Report on vaccination in the Province of Bengal - 1874-1889
Year: 1874
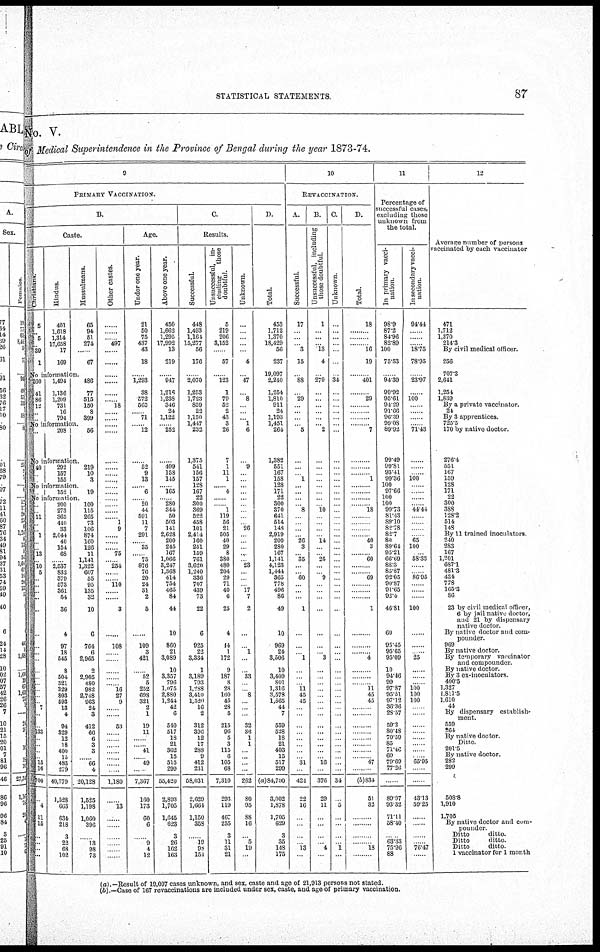
STATISTICAL STATEMENTS
87
No. V.
of Medical Superintendence in the Province of Bengal during the year 1873-74.
9
PRIMARY VACCINATION.
B.
Caste.
Christians.
5
...
5
...
39
1
Hindus.
401
1,618
1,314
17,658
17
169
Mussulmans.
65
94
51
274
...
67
No imformation.
260
41
86
12
...
...
1,494
1,136
1,209
731
16
794
486
77
515
150
8
399
No information.
......
208
56
No information.
40
...
...
292
157
155
219
10
3
No information.
...
152
19
No imformation.
...
...
11
...
...
1
...
...
13
...
10
5
...
...
...
...
...
...
...
...
...
...
....
...
...
...
...
7
...
...
133
...
...
...
...
15
16
700
...
4
11
15
...
... ...
...
200
273
365
410
33
2,044
40
154
68
...
2,537
832
379
573
361
54
36
4
97
18
545
8
504
321
329
803
593
13
4
94
329
12
18
400
15
483
279
40,779
1,528
663
634
218
3
22
68
102
100
115
265
73
106
874
160
126
11
1,141
1,322
607
55
95
135
32
10
6
764
6
2,965
2
2,905
480
982
2,748
963
24
3
412
66
6
3
3
...
66
4
20,128
1,525
1,198
1,060
396
...
13
98
73
Other castes.
......
......
......
497
......
......
......
......
......
......
18
......
......
......
......
......
......
......
......
......
......
......
......
......
......
1
9
......
......
......
75
......
254
......
......
110
......
......
3
......
108
......
......
......
......
......
16
27
9
......
......
53
......
......
......
......
......
......
......
1,180
......
13
......
......
......
......
......
......
Age.
Under one year.
21
50
75
437
43
18
...
1,293
38
572
565
...
71
...
12
...
52
9
13
...
6
...
20
44
591
11
7
291
......
35
......
75
876
76
20
24
31
2
5
......
109
3
421
......
52
5
252
698
321
2
1
19
11
......
......
41
......
49
......
7,367
160
173
60
6
...
9
4
12
Above one year.
450
1,662
1,295
17,992
13
219
...
947
1,216
1,238
346
24
1,122
...
252
...
499
158
145
...
165
...
280
344
50
503
141
2,628
200
245
167
1,066
3,247
1,368
414
754
465
84
44
10
860
21
3,089
10
3,357
796
1,075
2,880
1,244
42
6
540
517
18
21
362
15
515
299
55,420
2,893
1,705
1,645
623
3
26
162
163
C.
Results.
Successful.
448
1,493
1,164
15,277
56
176
...
2,070
1,253
1,723
859
22
1,150
1,447
232
1,375
541
156
157
128
167
22
300
369
522
458
101
2,414
160
251
159
761
3,620
1,240
336
707
439
73
22
6
925
22
3,334
1
3,189
793
1,288
3,410
1,520
16
2
312
396
12
17
288
9
412
231
58,031
2,629
1,664
1,150
358
...
19
98
154
Unsuccessful, in-
cluding
those
doubtful.
5
219
206
3,152
...
57
...
123
1
79
52
2
43
3
26
7
1
11
1
...
4
...
...
1
119
56
21
505
40
29
8
380
480
204
29
71
40
6
25
4
44
1
172
9
187
8
28
160
45
28
5
215
96
5
3
115
6
105
68
7,310
293
119
467
255
3
11
31
21
Unknown.
...
...
...
...
...
4
...
47
...
8
...
...
...
1
6
...
9
...
...
...
...
...
...
...
...
...
26
...
...
...
...
...
23
...
...
...
17
7
2
...
...
1
...
...
33
...
...
8
...
...
...
32
36
1
1
...
...
...
...
262
80
95
88
16
...
5
19
...
D.
Total.
453
1,712
1,370
18,429
56
237
19,097
2,240
1,254
1,810
911
24
1,193
1,451
264
1,382
551
167
158
128
171
22
300
370
641
514
148
2,919
200
280
167
1,141
4,123
1,444
365
778
496
86
49
10
969
24
3,506
10
3,409
801
1,316
3,578
1,665
44
7
559
528
18
21
403
15
517
299
(a)84,700
3,002
1,878
1,705
629
3
35
148
175
10
REVACCINATION.
A.
Successful.
17
...
...
...
3
15
...
88
...
29
...
...
...
...
5
...
...
...
1
...
...
...
...
8
...
...
...
...
26
3
...
35
...
...
60
...
...
...
1
...
...
...
1
...
...
...
11
45
45
...
...
...
...
...
...
...
...
31
...
424
22
16
...
...
...
...
13
...
B.
Unsuccessful, including
those doubtful
1
...
...
...
13
4
...
279
...
...
...
...
...
...
2
...
...
...
...
...
...
...
...
10
...
...
...
...
14
...
...
25
...
...
9
...
...
...
...
...
...
...
3
...
...
...
...
...
...
...
...
...
...
...
...
...
...
16
...
376
29
11
...
...
...
...
4
...
C.
Unknown.
...
...
...
...
...
...
...
34
...
...
...
...
...
...
...
...
...
...
...
...
...
...
...
...
...
...
...
...
...
...
...
...
...
...
...
...
...
...
...
...
...
...
...
...
...
...
...
...
...
...
...
...
...
...
...
...
...
...
...
34
...
5
...
...
...
...
1
...
D.
Total.
18
......
......
......
16
19
......
401
......
29
......
......
......
......
7
......
......
......
1
......
......
......
......
18
......
......
......
......
40
3
......
60
......
......
69
......
......
......
1
...
...
...
4
...
...
...
11
45
45
...
...
...
...
...
...
...
...
47
...
(b)834
51
32
...
...
...
...
18
...
11
Percentage of
successful cases,
excluding those
unknown from
the total.
In primary vacci-
nation
98.9
87.2
84.96
82.89
100
75.53
...
94.39
99.92
95.61
94.29
91.66
96.39
99.08
89.92
99.49
99.81
93.41
99.36
100
97.66
100
100
99.73
81.43
89.10
82.78
82.7
80
89.64
95.21
66.69
88.3
85.87
92.05
90.87
91.65
92.4
46.81
60
95.45
95.65
95.09
10
94.46
99
97.87
95.51
97.12
36.36
28.57
59.2
80.48
70.59
85
71.46
60
79.69
77.26
...
89.97
93.32
71.11
58.40
...
63.33
75.96
88
In secondary vacci-
nation
94.44
...
...
...
18.75
78.95
...
23.97
...
100
...
...
...
...
71.43
...
...
...
100
...
...
...
...
44.44
...
...
...
...
65
100
...
58.33
...
...
86.95
...
...
...
100
...
...
...
25
...
...
...
100
100
100
...
...
...
...
...
...
...
...
65.95
...
...
43.13
59.25
...
...
...
...
76.47
...
12
Average number of persons
vaccinated by each vaccinator
471
1,712
1,370
214.3
By civil medical officer.
256
707.3
2,641
1,254
1,839
By a private vaccinator.
24
By 3 apprentices.
725.5
170 by native doctor.
276.4
551
167
159
128
171
22
300
388
128.2
514
148
By 11 trained inoculators
240
283
167
1,201
687.1
481.3
434
778
165.3
86
23 by civil medical officer,
6 by jail native doctor,
and 21 by dispensary
native doctor.
By native doctor and com-
pounder.
969
By native doctor.
By temporary vaccinator
and compounder.
By native doctor.
By 3 ex-inoculators
400.5
1,327
1,811.5
1,610
44
By dispensary establish-
ment.
559
264
By native doctor.
Ditto
201.5
By native doctor.
282
299
508.8
1,910
1,705
By native doctor and com-
pounder.
Ditto
ditto.
Ditto
ditto.
Ditto
ditto
1 vaccinator for 1 month
(a).—Result of 19,097 cases unknown, and sex, caste and age of 21,913 persons not stated.
(b).—Case of 167 revaccinations are included under sex, caste, and age of primary vaccination.